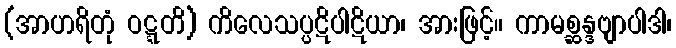
(အာဟရိတုံ ဝဋ္ဋတိ) ကိလေသပ္ပဋိပါဋိယာ၊ အားဖြင့်။ ကာမစ္ဆန္ဒဗျာပါဒါ၊